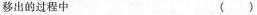
移出的过程中()